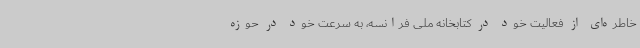
خاطره‌ای از فعالیت خود در کتابخانه ملی فرانسه، به سرعت خود در حوزه